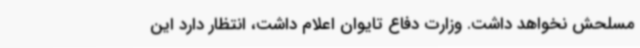
مسلحش نخواهد داشت. وزارت دفاع تایوان اعلام داشت، انتظار دارد این